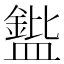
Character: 𪾘